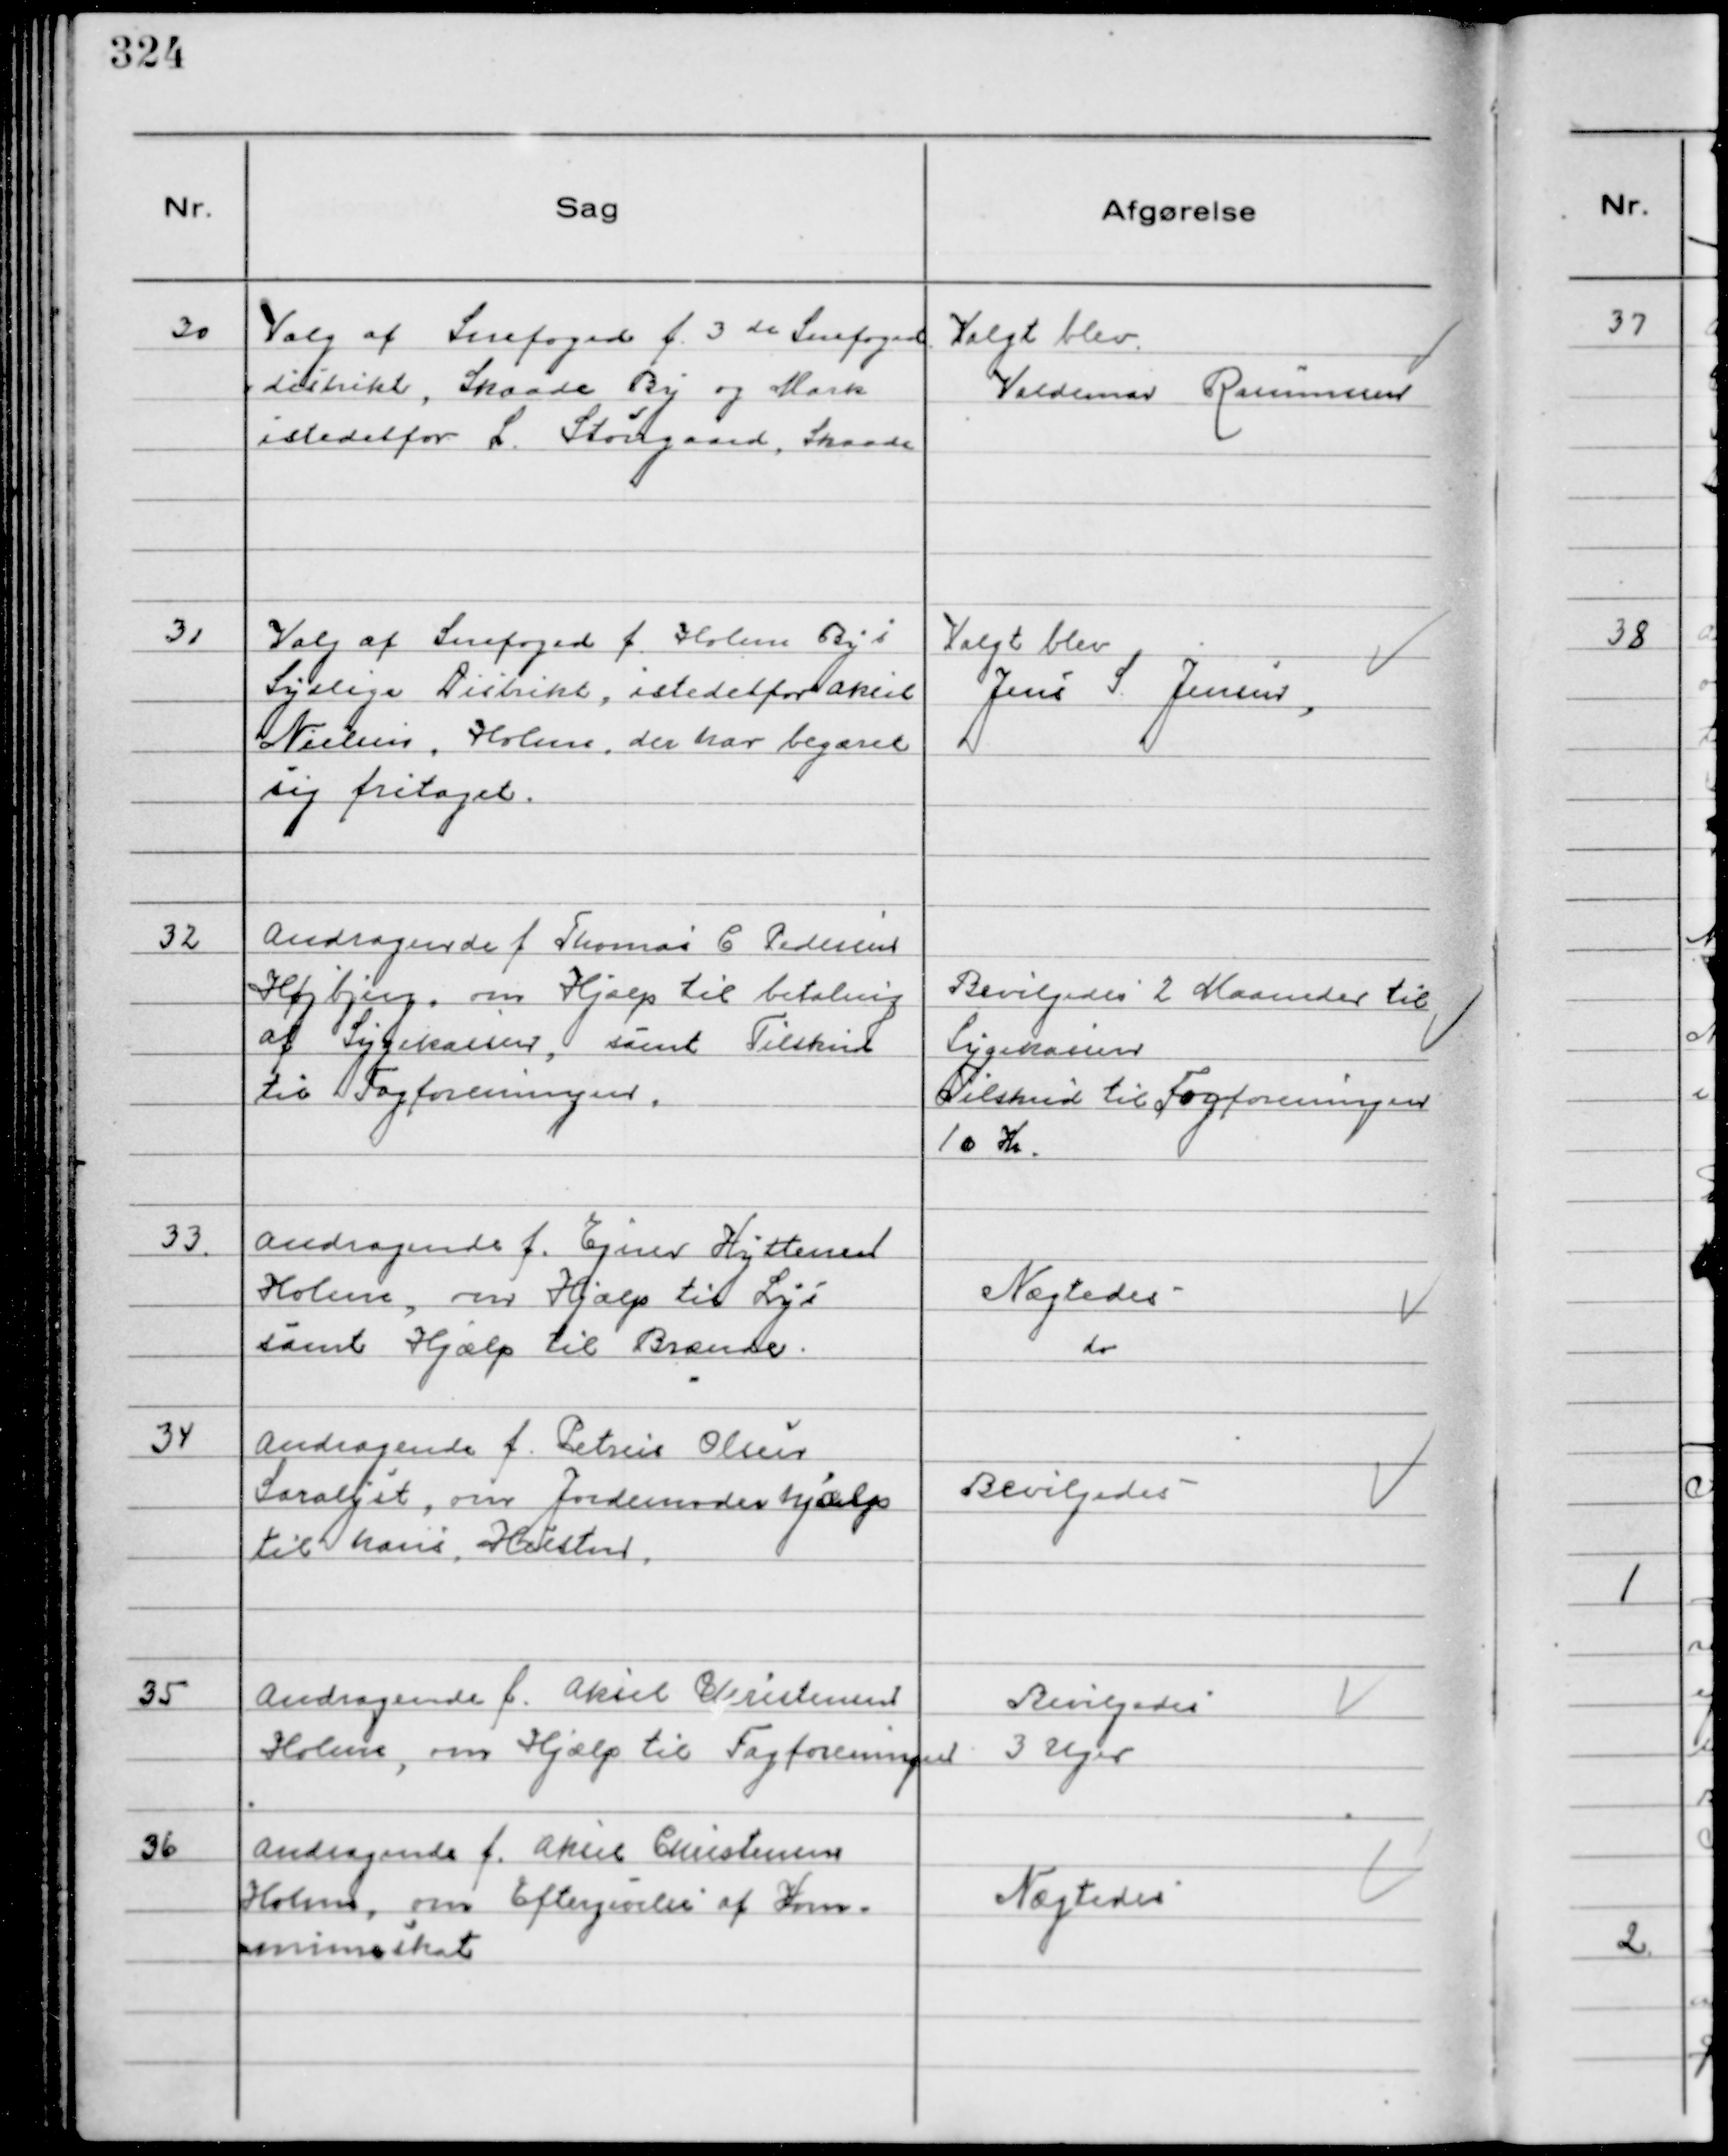
Transskription:
30
Valg af Snefoged f. 3 de Snefoged
distrikt, Skaade By og Mark
istedetfor L. Stougaard, Skaade

Valgt blev
Valdemar Rasmussen

31
Valg af Snefoged f. Holme By´s
Sydlige Distrikt, istedetfor Aksel
Nielsen, Holme, der har begæret
sig fritaget.

Valgt blev
Jens S. Jensen

32
Andragende f. Thomas C. Pedersen
Højbjerg, om Hjælp til betaling
af Sygekassen, samt Tilskud
til Fagforeningen.

Bevilgedes 2 Maaneder til
Sygekassen
Tilskud til Fagforeningen
10 Kr.

33.
Andragende f. Ejner Hyttener
Holme, om Hjælp til Lys
samt Hjælp til Brænde.

Nægtedes
do

34
Andragende f. Petrus Olsen
Saralyst, om Jordemoderhjælp
til hans Hustru.

Bevilgedes

35
Andragende f. Aksel Christensen
Holme, om Hjælp til Fagforeningen

Bevilgedes
3 Uger

36
Andragende f. Aksel Christensen
Holme, om Eftergivelse af Kom-
muneskat

Nægtedes